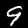
Digit: 9